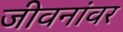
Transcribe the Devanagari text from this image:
जीवनांवर